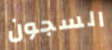
السجون